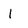
Character: l